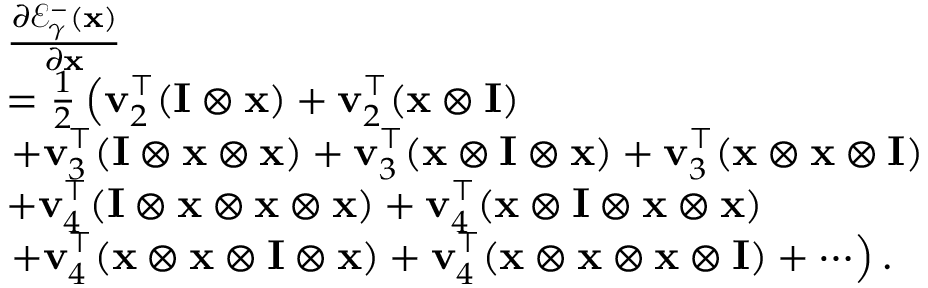
\begin{array} { r l } & { \frac { \partial \mathcal { E } _ { \gamma } ^ { - } ( \mathbf { x } ) } { \partial \mathbf { x } } } \\ & { = \frac { 1 } { 2 } \left( \mathbf { v } _ { 2 } ^ { \top } ( \mathbf { I } \otimes \mathbf { x } ) + \mathbf { v } _ { 2 } ^ { \top } ( \mathbf { x } \otimes \mathbf { I } ) \right. } \\ & { \left. + \mathbf { v } _ { 3 } ^ { \top } ( \mathbf { I } \otimes \mathbf { x } \otimes \mathbf { x } ) + \mathbf { v } _ { 3 } ^ { \top } ( \mathbf { x } \otimes \mathbf { I } \otimes \mathbf { x } ) + \mathbf { v } _ { 3 } ^ { \top } ( \mathbf { x } \otimes \mathbf { x } \otimes \mathbf { I } ) \right. } \\ & { + \mathbf { v } _ { 4 } ^ { \top } ( \mathbf { I } \otimes \mathbf { x } \otimes \mathbf { x } \otimes \mathbf { x } ) + \mathbf { v } _ { 4 } ^ { \top } ( \mathbf { x } \otimes \mathbf { I } \otimes \mathbf { x } \otimes \mathbf { x } ) } \\ & { \left. + \mathbf { v } _ { 4 } ^ { \top } ( \mathbf { x } \otimes \mathbf { x } \otimes \mathbf { I } \otimes \mathbf { x } ) + \mathbf { v } _ { 4 } ^ { \top } ( \mathbf { x } \otimes \mathbf { x } \otimes \mathbf { x } \otimes \mathbf { I } ) + \cdots \right) . } \end{array}